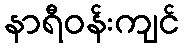
နာရီဝန်းကျင်